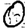
Digit: 0